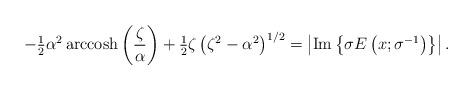
LaTeX: \begin{align*}-\tfrac{1}{2}\alpha^{2}\operatorname{arccosh}\left( {\frac{\zeta}{\alpha}}\right) +\tfrac{1}{2}\zeta\left( {\zeta^{2}-\alpha^{2}}\right)^{1/2}=\left\vert \operatorname{Im}{\left\{ {\sigma E\left( {x;\sigma^{-1}}\right) }\right\} }\right\vert . \end{align*}